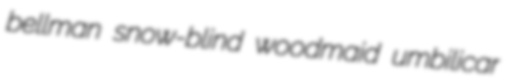
bellman snow-blind woodmaid umbilicar